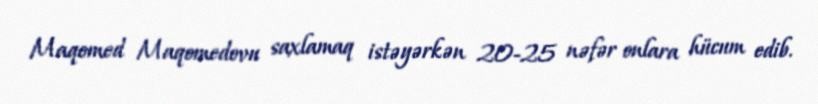
Maqomed Maqomedovu saxlamaq istəyərkən 20-25 nəfər onlara hücum edib.